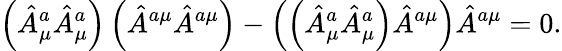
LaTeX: \left(\hat{A}_{\mu}^{a}\hat{A}_{\mu}^{a}\right)\left(\hat{A}^{a\mu}\hat{A}^{a\mu}\right)-\left(\left(\hat{A}_{\mu}^{a}\hat{A}_{\mu}^{a}\right)\hat{A}^{a\mu}\right)\hat{A}^{a\mu}=0.